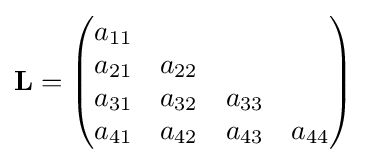
\mathbf {L} ={\begin{pmatrix}a_{11}&&&\\a_{21}&a_{22}&&\\a_{31}&a_{32}&a_{33}&\\a_{41}&a_{42}&a_{43}&a_{44}\\\end{pmatrix}}